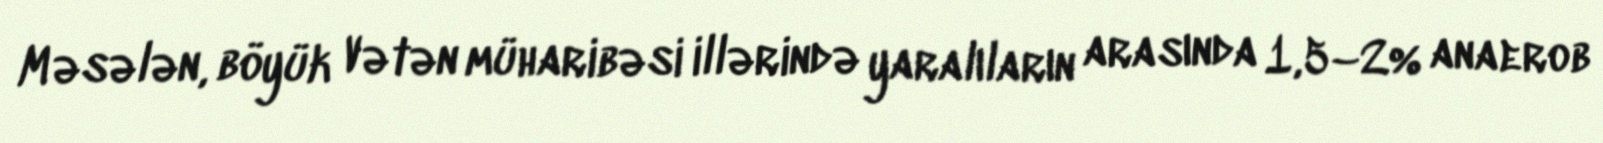
Məsələn, böyük Vətən müharibəsi illərində yaralıların arasında 1,5–2% anaerob